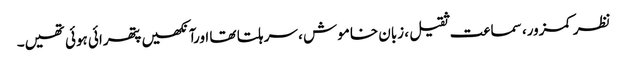
نظر کمزور، سماعت ثقیل ، زبان خاموش ، سر ہلتا تھا اورآنکھیں پتھرائی ہوئی تھیں۔